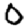
Digit: 0